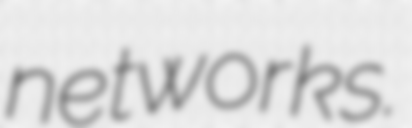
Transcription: networks.